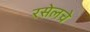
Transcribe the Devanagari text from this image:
रसेलचे